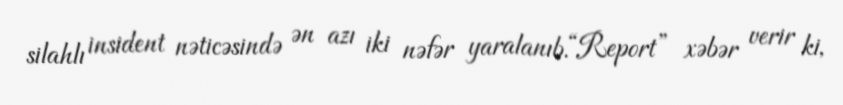
silahlı insident nəticəsində ən azı iki nəfər yaralanıb.“Report” xəbər verir ki,